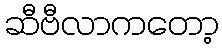
ဆီဗီလာကတော့